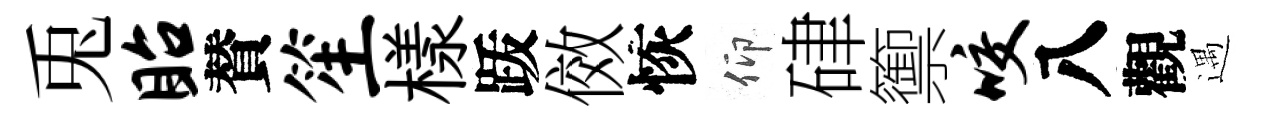
兎眙賛笙樣䟦傚恢仰硉籞咬八觀遇